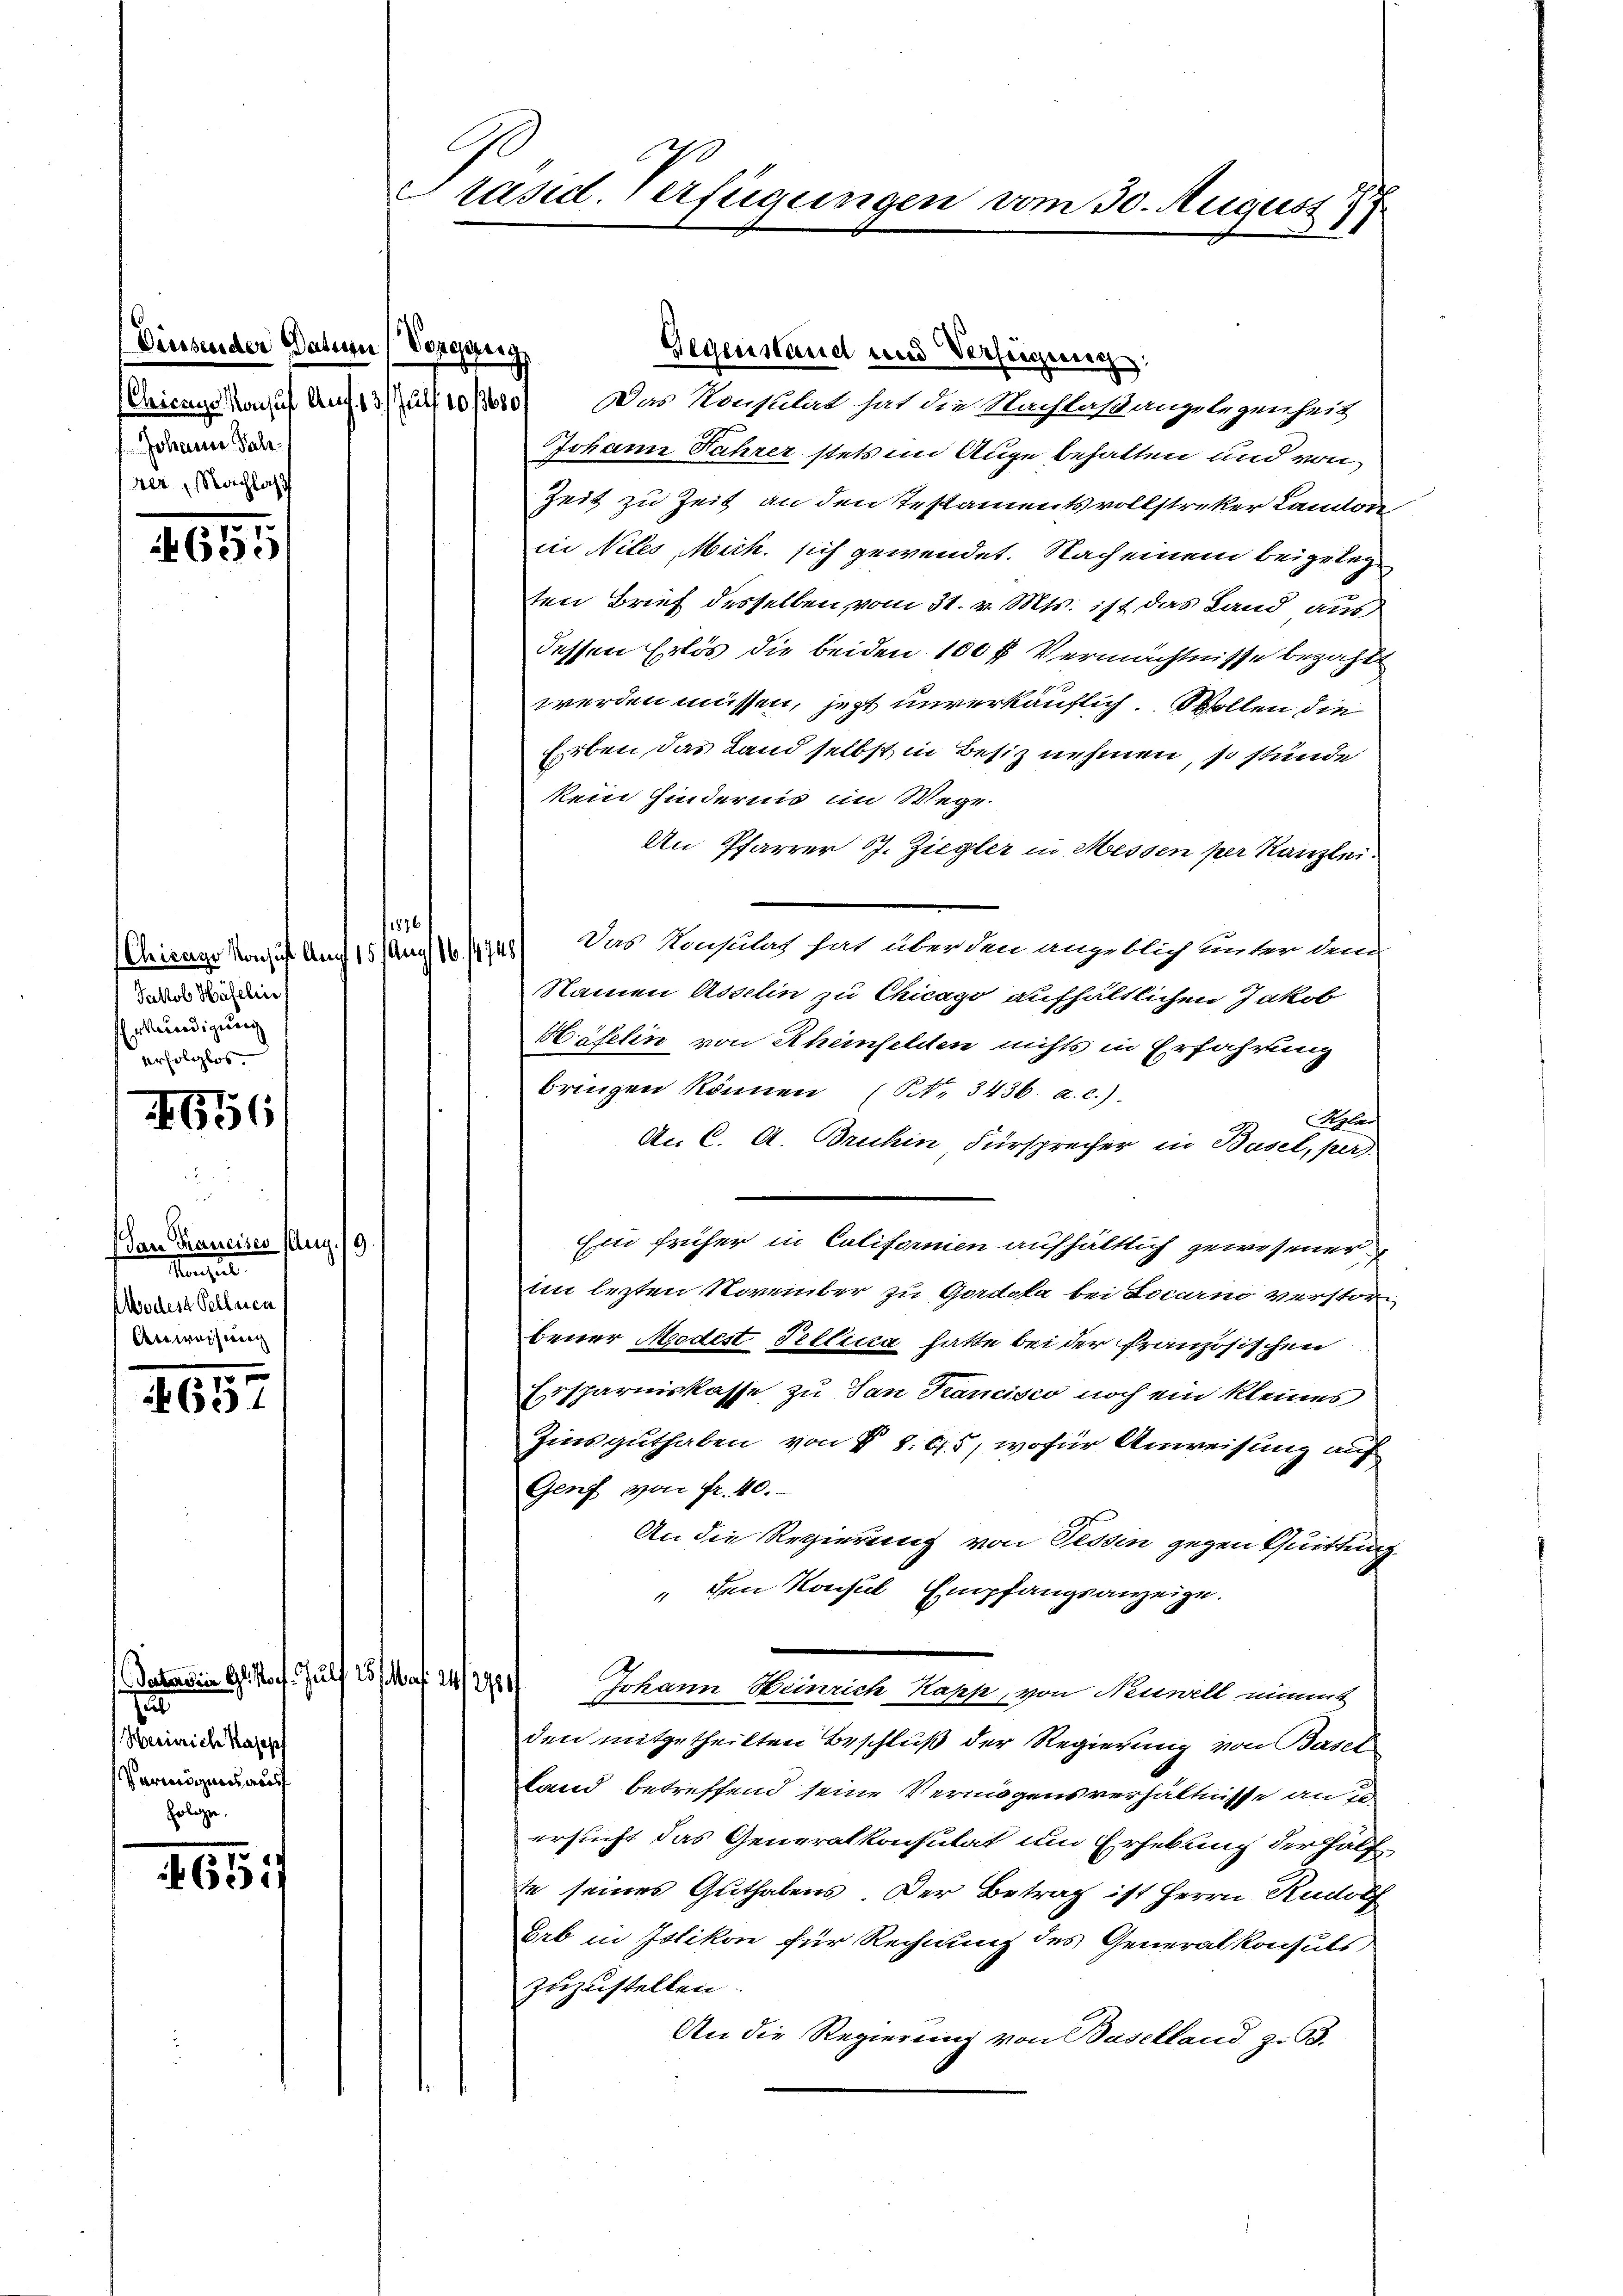
(Diesender Datum (Vergeeig
Chicago Konsul Aug. 13. Jul. 10/3680/
Johann Pal
ner, Nachlas

269

Jakob Häfelin
Erkundigung
erfolglos.

616

Dan Francises Aug. 19.
Manzel
Wodes Pelleich
Artwach war

.
65

Patasien Gl. Prof. Juli
n
Herreiche Kosoph
Vermögens ausf

165:

Gegenstand und Verfeigung:
Das Konsität hat die Nachlaßangelegenheit
Johann Jahrer stets im Auge behalten und von
Zeit zu Zeit an den Testamentsvollstreker Landon,
in Nites Mich sich gewendet. Nach einem beigeleg
ten Brief desselben, vom 31. v. Mts. ist das Land aus
dessen Erlös die beiden 100 ff. Vermächtnisse bezahlt
werden müssen, jezt unverkäuflich. Wollen die
Erben, das Land selbst in Besiz nehmen, so stünde
kein Hindernis im Wege.
An Pfarrer 17. Ziegler in Messen per Kanzlei.
(Chicago Konsus Auf 15 Aug. 16. 14748) Das Konsulat hat über den angeblich unter da
Namen Asselin zu Chicago aufhältlichen Jakob
Häfelin von Rheinfelden nichts in Erfahrung
bringen können (S. 3436. a. c.)
Sepla
An C. A. Bruhin, Fürsprecher in Basel, pers
Ein früher in Californien aufhältlich gewesener
im lezten November zu Gordola bei Locarno verstorbener Modest Tellicia hatte bei der französischen
Ersparniskasse zu San Francisco noch ein kleines
Zins guthaben von § 8. 65, wofür Anweisung auf
Genf von fr. 40.
An die Regierung von Tessin gegen Quittung
 den Konsul Empfangsanzeige.
251 f. 21/278/
Johann Heinrich Kappe, von Neuwill nimmt
den mitgetheilten Beschluß der Regierung von Basel
Land betreffend seine Vermögensverhältnisse an d
ersucht das Generalkonsulat um Erhebung der Hälf
te seines Guthabens. Der Betrag ist Herrn Rudolf
Erb in Zotikon für Rechnung des Generalkonsuls
zuzustellen.
An die Regierung von Baselland z. 93.

A
Präsid. Verfügungen vom 30. August 179

1876